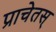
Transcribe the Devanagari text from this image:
प्राचेतस्